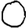
Digit: 0